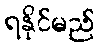
ရနိုင်မည်